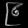
Digit: ၉